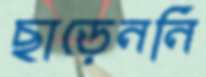
ছাড়েননি